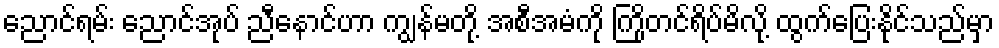
ညောင်ရမ်း ညောင်အုပ် ညီနောင်ဟာ ကျွန်မတို့ အစီအမံကို ကြိုတင်ရိပ်မိလို့ ထွက်ပြေးနိုင်သည်မှာ